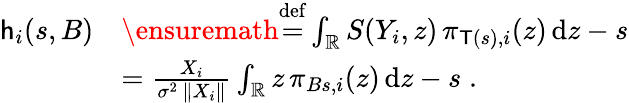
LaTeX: \begin{array}{rl}{\mathsf{h}_{i}(s,B)}&{\ensuremath{\stackrel{\mathrm{def}}{=}}\int_{\mathbb R}S(Y_{i},z)\, \pi_{\mathsf{T}(s),i}(z)\, \mathrm{d}z-s}\\ &{=\frac{X_{i}}{\sigma^{2}\, \| X_{i}\| }\int_{\mathbb R}z\, \pi_{Bs,i}(z)\, \mathrm{d}z-s\; .}\end{array}